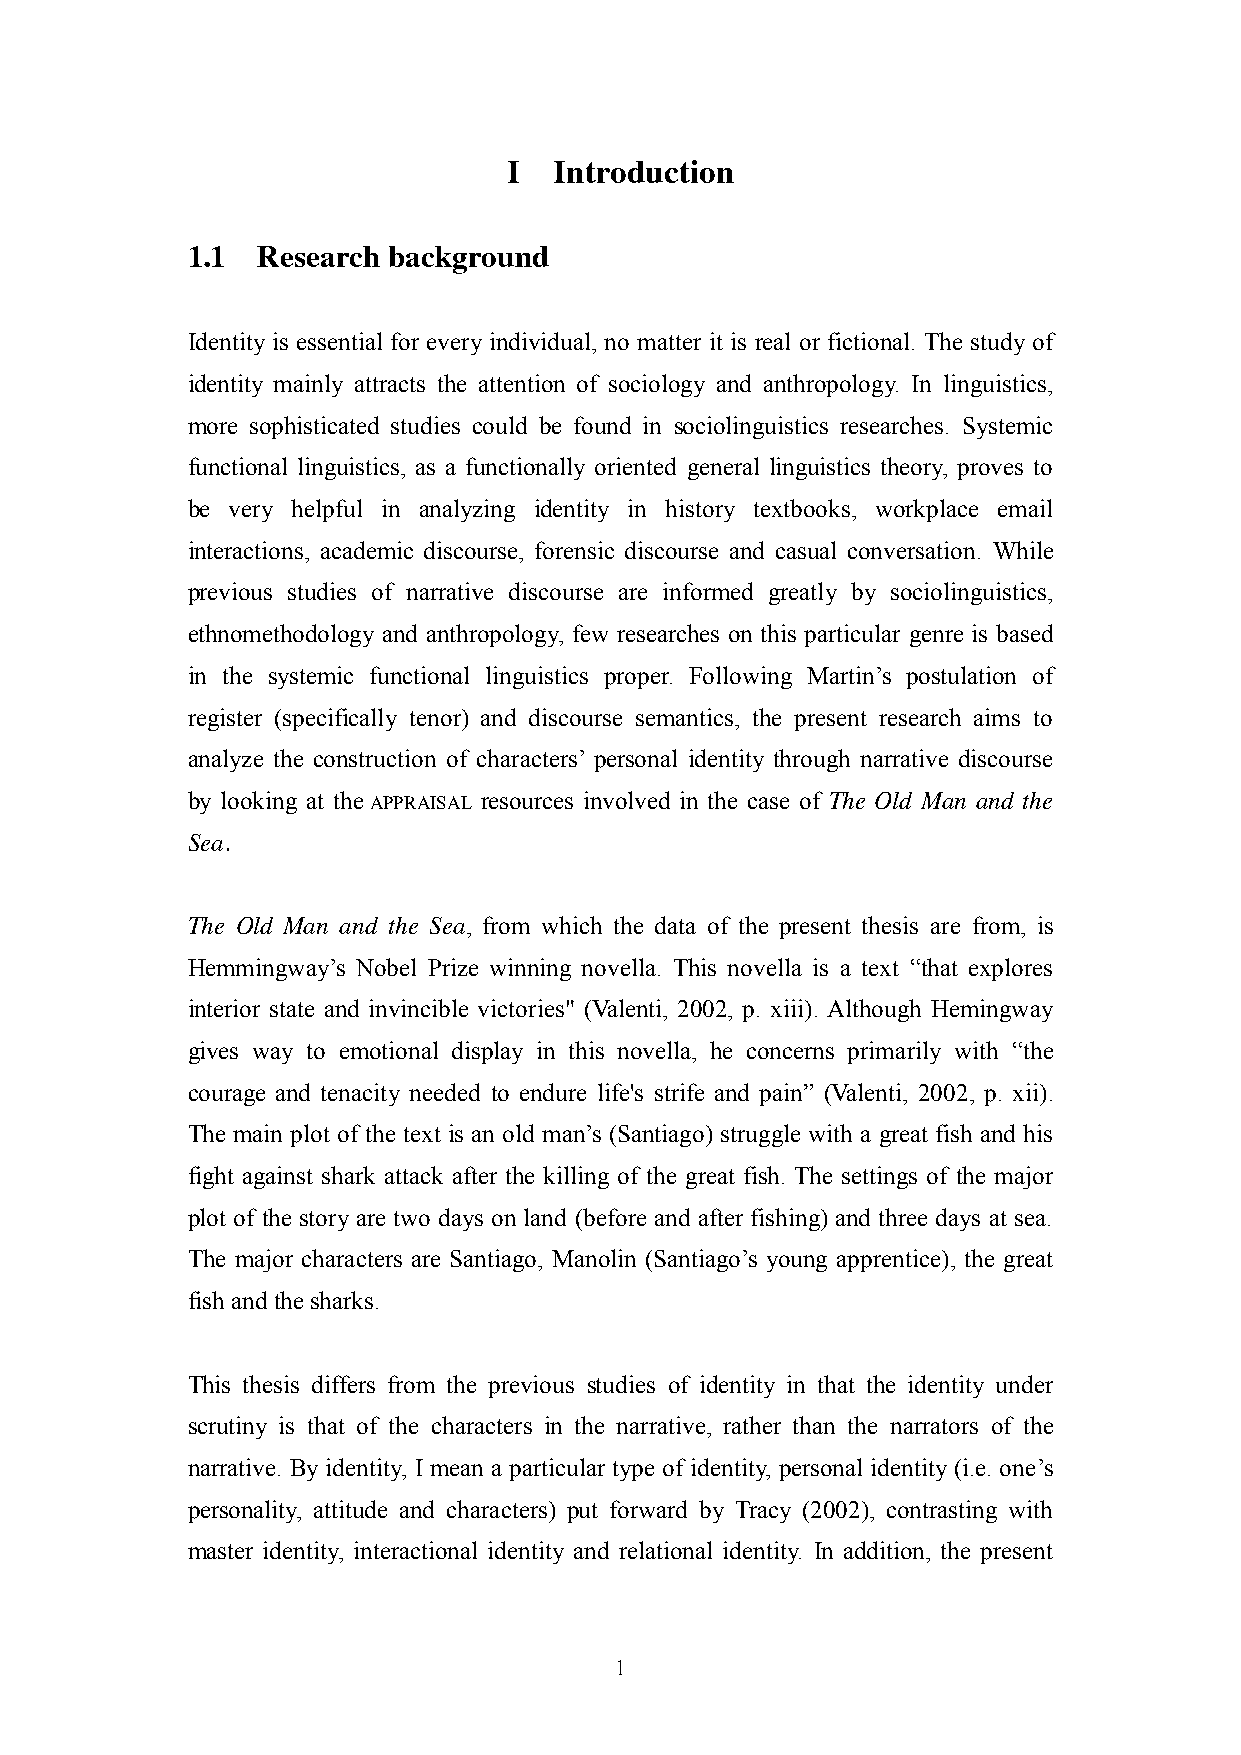
I  Introduction
 1.1  Research background
 Identity is essential for every individual, no matter it is real or fictional. The study of
 identity mainly attracts the attention of sociology and anthropology. In linguistics,
 more sophisticated studies could be found in sociolinguistics researches. Systemic
 functional linguistics, as a functionally oriented general linguistics theory, proves to
 be very helpful in analyzing identity in history textbooks, workplace email
 interactions, academic discourse, forensic discourse and casual conversation. While
 previous studies of narrative discourse are informed greatly by sociolinguistics,
 ethnomethodology and anthropology, few researches on this particular genre is based
 in the systemic functional linguistics proper. Following Martin‘s postulation of
 register (specifically tenor) and discourse semantics, the present research aims to
 analyze the construction of characters‘ personal identity through narrative discourse
 by looking at the APPRAISAL resources involved in the case of The Old Man and the
 Sea.
 The Old Man and the Sea, from which the data of the present thesis are from, is
 Hemmingway‘s Nobel Prize winning novella. This novella is a text ―that explores
 interior state and invincible victories" (Valenti, 2002, p. xiii). Although Hemingway
 gives way to emotional display in this novella, he concerns primarily with ―the
 courage and tenacity needed to endure life's strife and pain‖ (Valenti, 2002, p. xii).
 The main plot of the text is an old man‘s (Santiago) struggle with a great fish and his
 fight against shark attack after the killing of the great fish. The settings of the major
 plot of the story are two days on land (before and after fishing) and three days at sea.
 The major characters are Santiago, Manolin (Santiago‘s young apprentice), the great
 fish and the sharks.
 This thesis differs from the previous studies of identity in that the identity under
 scrutiny is that of the characters in the narrative, rather than the narrators of the
 narrative. By identity, I mean a particular type of identity, personal identity (i.e. one‘s
 personality, attitude and characters) put forward by Tracy (2002), contrasting with
 master identity, interactional identity and relational identity. In addition, the present
 1